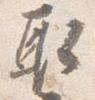
取